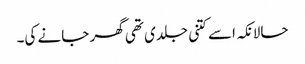
حالانکہ اسے کتنی جلدی تھی گھر جانے کی۔